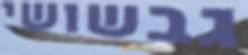
גבשושי